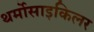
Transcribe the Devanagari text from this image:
थर्मोसाइकिलर